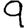
Digit: 9